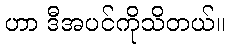
ဟာ ဒီအပင်ကိုသိတယ်။